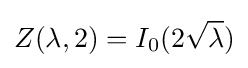
Z(\lambda ,2)=I_{0}(2{\sqrt {\lambda }})